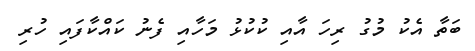
ބަތާ އެކު މުގު ރިހަ އާއި ކުކުޅު މަހާއި ފެނު ކައްކާފައި ހުރި